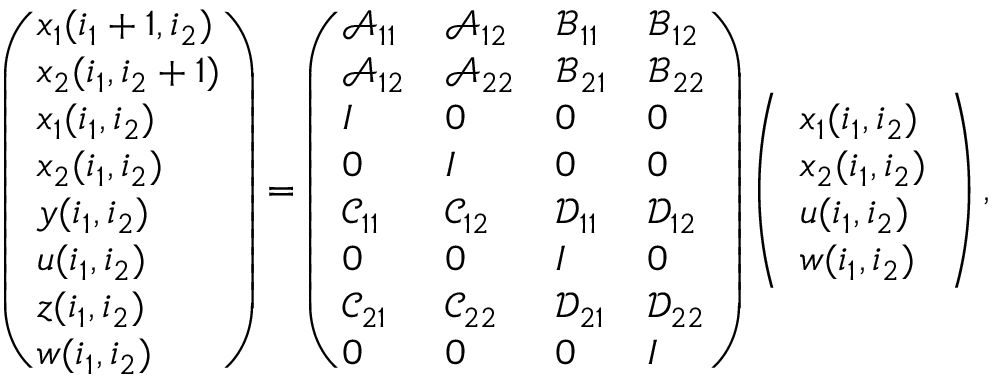
\begin{array} { r } { \left( \begin{array} { l } { x _ { 1 } ( i _ { 1 } + 1 , i _ { 2 } ) } \\ { x _ { 2 } ( i _ { 1 } , i _ { 2 } + 1 ) } \\ { x _ { 1 } ( i _ { 1 } , i _ { 2 } ) } \\ { x _ { 2 } ( i _ { 1 } , i _ { 2 } ) } \\ { y ( i _ { 1 } , i _ { 2 } ) } \\ { u ( i _ { 1 } , i _ { 2 } ) } \\ { z ( i _ { 1 } , i _ { 2 } ) } \\ { w ( i _ { 1 } , i _ { 2 } ) } \end{array} \right) = \left( \begin{array} { l l l l } { \mathcal { A } _ { 1 1 } } & { \mathcal { A } _ { 1 2 } } & { \mathcal { B } _ { 1 1 } } & { \mathcal { B } _ { 1 2 } } \\ { \mathcal { A } _ { 1 2 } } & { \mathcal { A } _ { 2 2 } } & { \mathcal { B } _ { 2 1 } } & { \mathcal { B } _ { 2 2 } } \\ { \boldsymbol { I } } & { 0 } & { 0 } & { 0 } \\ { 0 } & { \boldsymbol { I } } & { 0 } & { 0 } \\ { \mathcal { C } _ { 1 1 } } & { \mathcal { C } _ { 1 2 } } & { \mathcal { D } _ { 1 1 } } & { \mathcal { D } _ { 1 2 } } \\ { 0 } & { 0 } & { \boldsymbol { I } } & { 0 } \\ { \mathcal { C } _ { 2 1 } } & { \mathcal { C } _ { 2 2 } } & { \mathcal { D } _ { 2 1 } } & { \mathcal { D } _ { 2 2 } } \\ { 0 } & { 0 } & { 0 } & { \boldsymbol { I } } \end{array} \right) \left( \begin{array} { l } { x _ { 1 } ( i _ { 1 } , i _ { 2 } ) } \\ { x _ { 2 } ( i _ { 1 } , i _ { 2 } ) } \\ { u ( i _ { 1 } , i _ { 2 } ) } \\ { w ( i _ { 1 } , i _ { 2 } ) } \end{array} \right) , } \end{array}